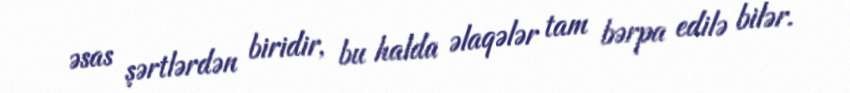
əsas şərtlərdən biridir, bu halda əlaqələr tam bərpa edilə bilər.